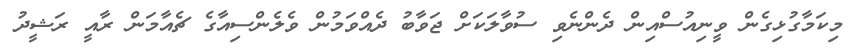
މިކަމާގުޅިގެން ވީނިއުސްއިން ދެންނެވި ސުވާލަކަށް ޖަވާބު ދެއްވަމުން ވެލެންސިއާގެ ޗެއާމަން ރާއީ ރަޝީދު